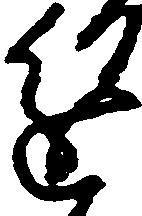
進